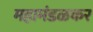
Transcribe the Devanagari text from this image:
महामंडळकर